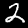
Digit: 2